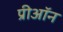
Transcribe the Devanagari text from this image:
प्रीऑन